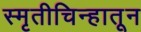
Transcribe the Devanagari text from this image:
स्मृतीचिन्हातून